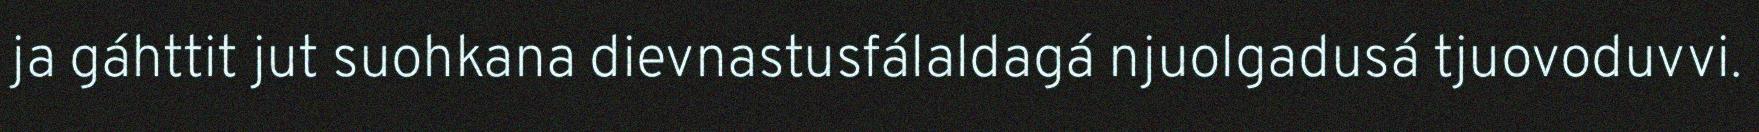
ja gáhttit jut suohkana dievnastusfálaldagá njuolgadusá tjuovoduvvi.